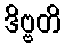
ဒိဗ္ဗတိ